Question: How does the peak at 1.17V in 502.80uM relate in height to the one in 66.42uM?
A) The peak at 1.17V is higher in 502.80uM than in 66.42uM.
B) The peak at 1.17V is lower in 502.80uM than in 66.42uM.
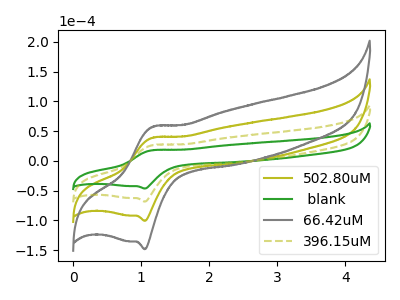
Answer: <think>The olive curve "502.80uM" has an anodic peak at (1.15V, 52.90uA) and a cathodic peak at (1.05V, -136.55uA). The green curve " blank" has an anodic peak at (1.15V, 17.95uA) and a cathodic peak at (1.05V, -46.35uA). The gray curve "66.42uM" has an anodic peak at (1.15V, 79.30uA) and a cathodic peak at (1.05V, -204.85uA). The olive dashed curve "396.15uM" has an anodic peak at (1.15V, 26.45uA) and a cathodic peak at (1.05V, -68.30uA).</think>
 <answer>B) The peak at 1.17V is lower in "502.80uM" than in "66.42uM".</answer>
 <eval>B</eval>